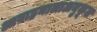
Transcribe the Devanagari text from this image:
आवाहनालाअनुकूल